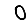
Digit: 0